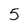
Character: 5